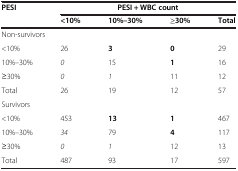
| <ROWSPAN=2> PESI | <COLSPAN=4> PESI + WBC count |
 | <10% | 10%–30% | ≥30% | Total |
 | --- | --- | --- | --- | --- |
 | <COLSPAN=5> Non-survivors |
 | <10% | 26 | 3 | 0 | 29 |
 | 10%–30% | 0 | 15 | 1 | 16 |
 | ≥30% | 0 | 1 | 11 | 12 |
 | Total | 26 | 19 | 12 | 57 |
 | <COLSPAN=5> Survivors |
 | <10% | 453 | 13 | 1 | 467 |
 | 10%–30% | 34 | 79 | 4 | 117 |
 | ≥30% | 0 | 1 | 12 | 13 |
 | Total | 487 | 93 | 17 | 597 |